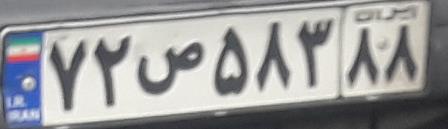
۷۲ص۵۸۳۸۸